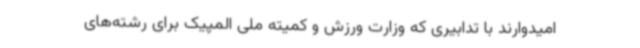
امیدوارند با تدابیری که وزارت ورزش و کمیته ملی المپیک برای رشته‌های